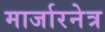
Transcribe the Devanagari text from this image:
मार्जारनेत्र